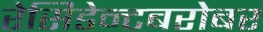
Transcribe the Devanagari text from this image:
रेसिडेन्टबरोबर